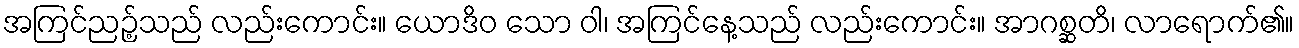
အကြင်ညဉ့်သည် လည်းကောင်း။ ယောဒိဝ သော ဝါ၊ အကြင်နေ့သည် လည်းကောင်း။ အာဂစ္ဆတိ၊ လာရောက်၏။